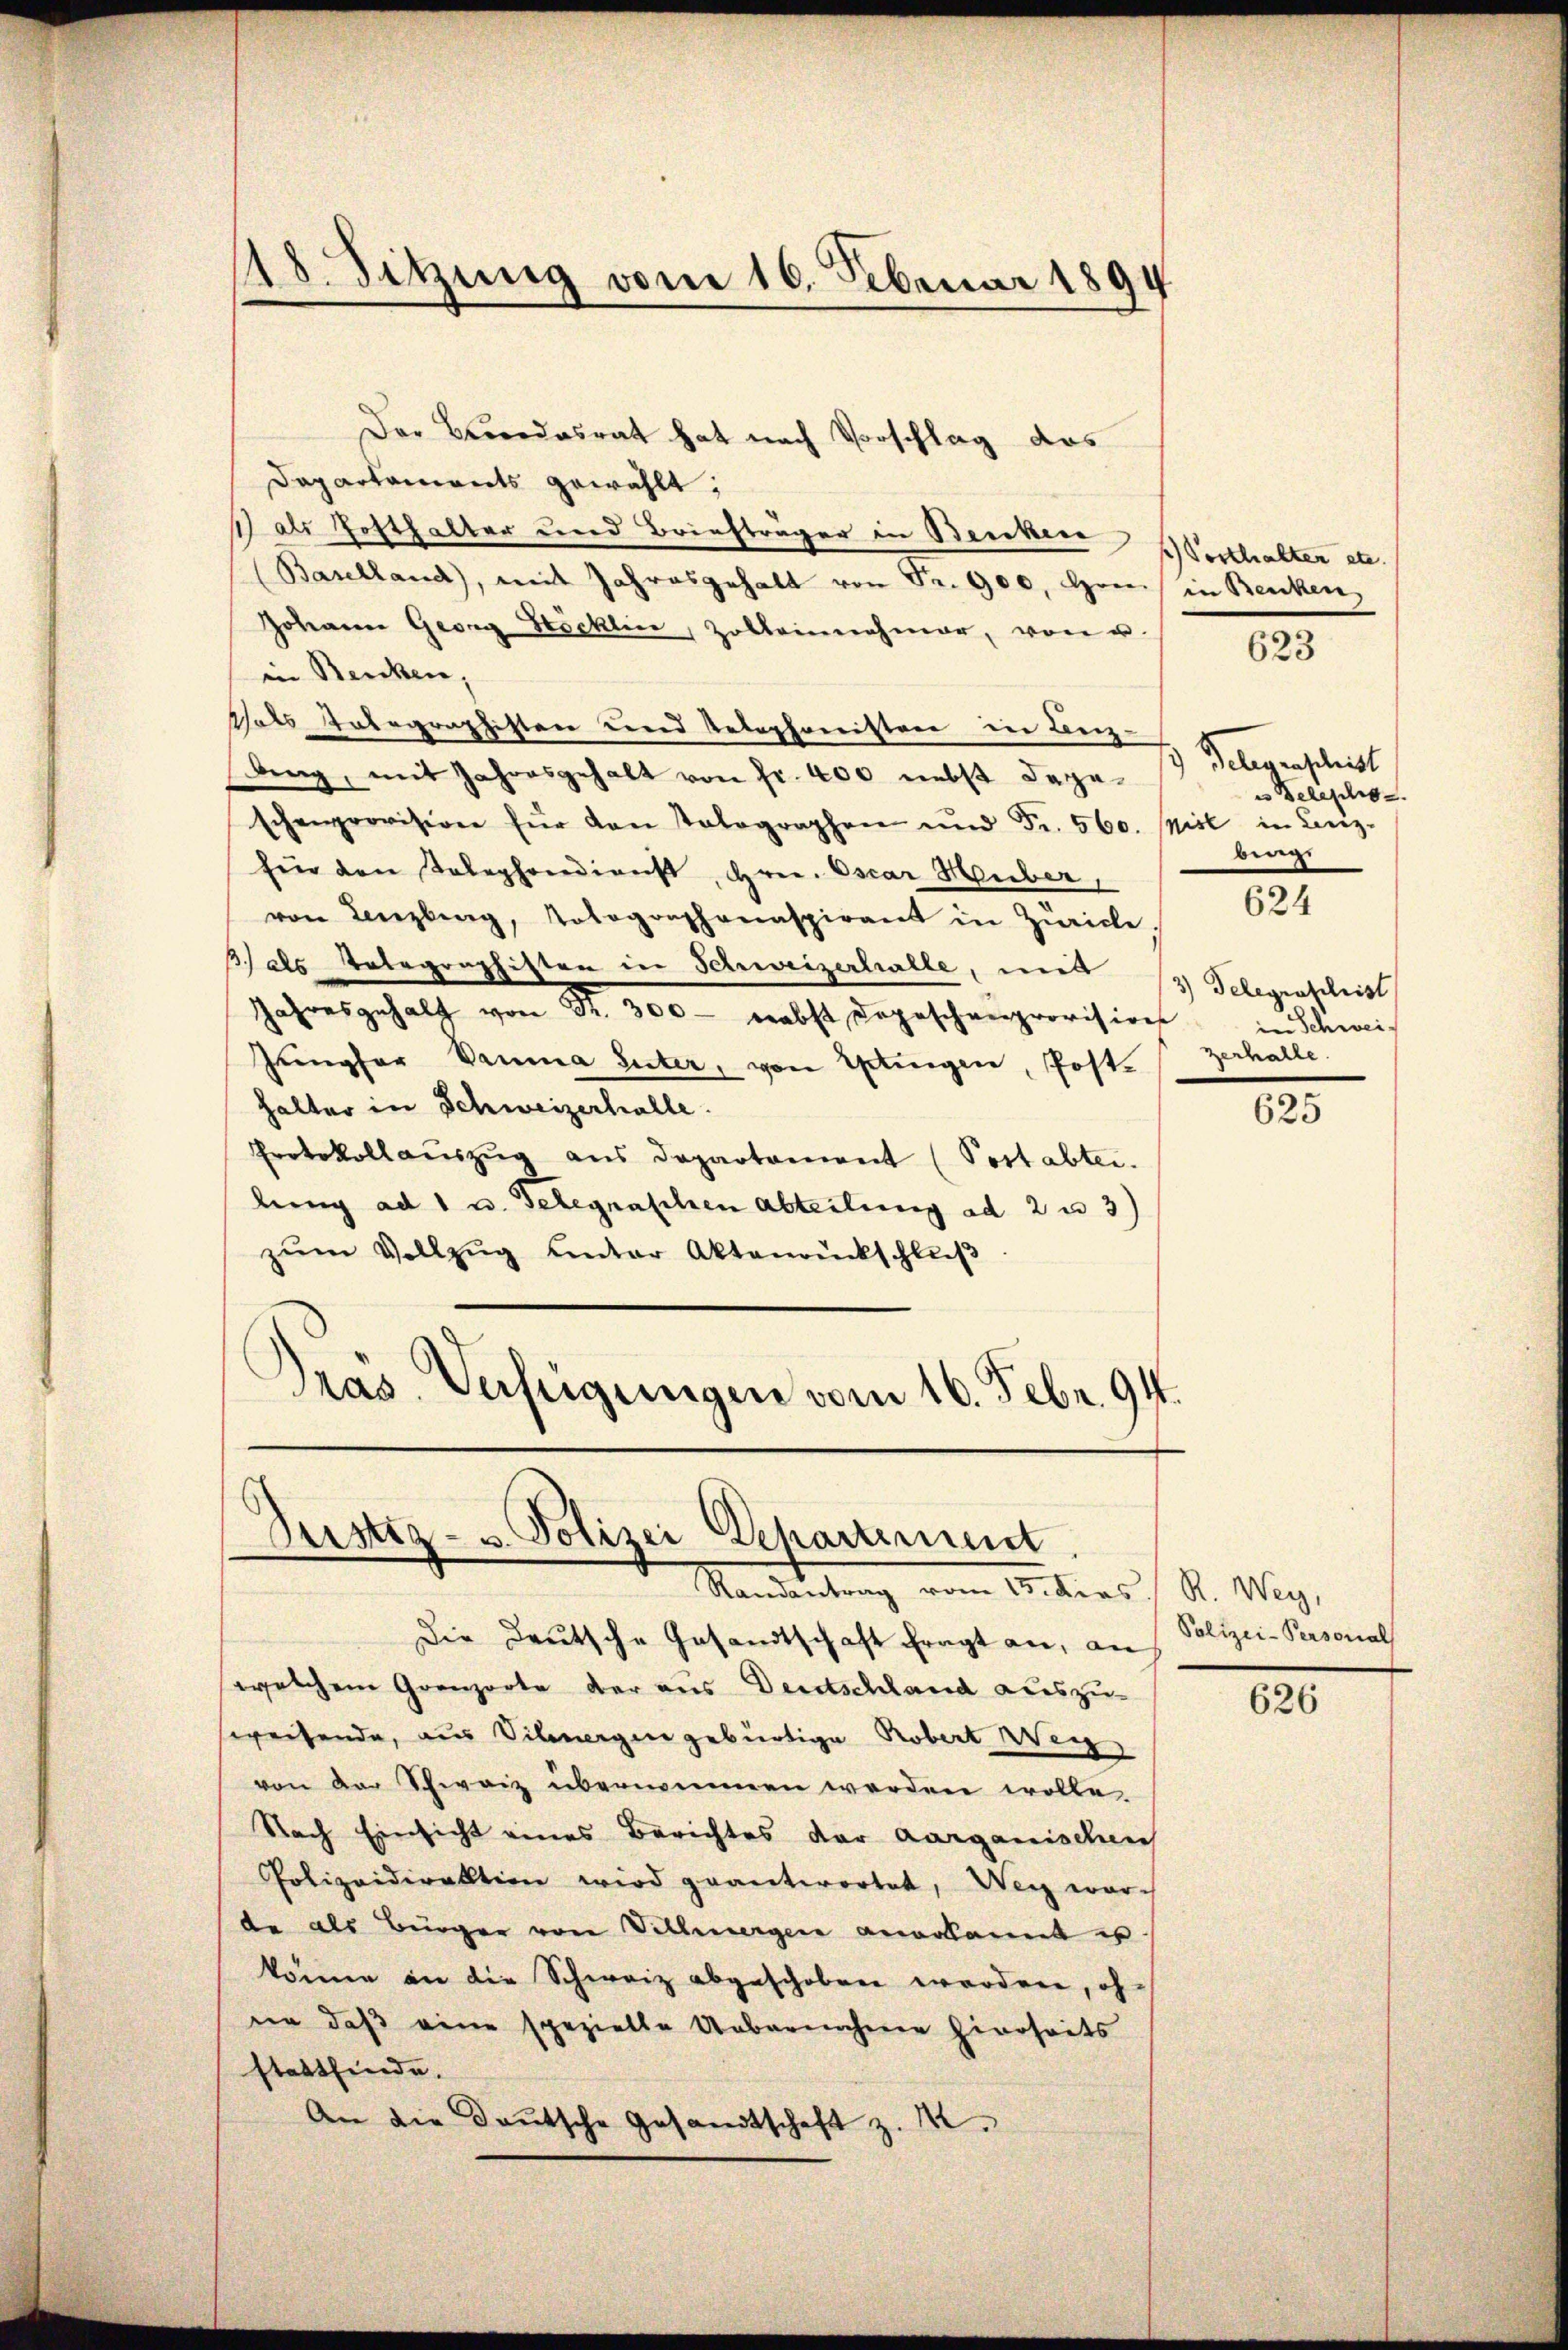
118. Sitzung vom 16. Februar 1894

Justiz- u. Polizei Departement
Randantrag vom 15. ders R. Wey,

Der Beendesrat hat nach Vorschlag das
Dapartaments gewählt:
1) als Hofthalter und Briefträger in Beckere Verthalter etc.
(Baselland), mit Jahresgehalt von Fr. 900, Honi in Benken,
Johann Georg Stöcklin, Zollernehmer, von u.
in Benken,
Thals Kategraphisten und Telephonisten in Berg-
Aing, mit Jahresgehalt von fr. 400 nebst dageschenprovision für den Tolographen und Fr. 560. pisl in Lenz-
fin den Solephondienst, Hrn. Oscar Huber,
von Lenzburg, Tolographanaspirant in Zürich.
) als Telegraphisten in Schweizerhalle, mit 13 Telegraphist
Jahresgehalt von 32. 300 - nebst Depeschenprovisions
Jŭngfer Dauma Suter, von Utingen, Post-
halter in Schweizerhalle.
Protokoll aŭszŭg ans Departament (Postabter.
lung ad 1 u. Telegraschen Abteilung ad 2 u 3)
zŭm Vollzug unter Aktenrückschluß
Präs. Verfügungen vom 16. Febr. 94.

Die Deutsche Gesandtschaft fragt an, an Polizei-Personal
welchem Grenzorte der aus Deutschland auszu-
sweisende, aus Vilmergen gebürtige Robert Weg
von der Schweiz übernommen werden wolle.
Nach Einsicht eines Berichtes der Aarganischen
Polizeidirektion wird geantwortet, Weg war-
de als Bürger von Sichergen anerkannt u.
könne an die Schweiz abgeschoben worden, ohne daß eine spezielle Uebernahme hierseits
stattfinde.
An die Deutsche Gesandtschaft z. M.

623

) Gelegenschrist
es Belepho
bewege

624

in Schweizerhalte.

625

626